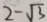
2 - \sqrt { 3 }